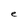
Character: e